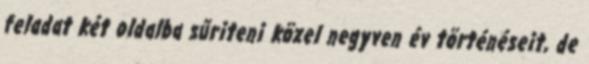
feladat két oldalba sűriteni közel negyven év történéseit, de